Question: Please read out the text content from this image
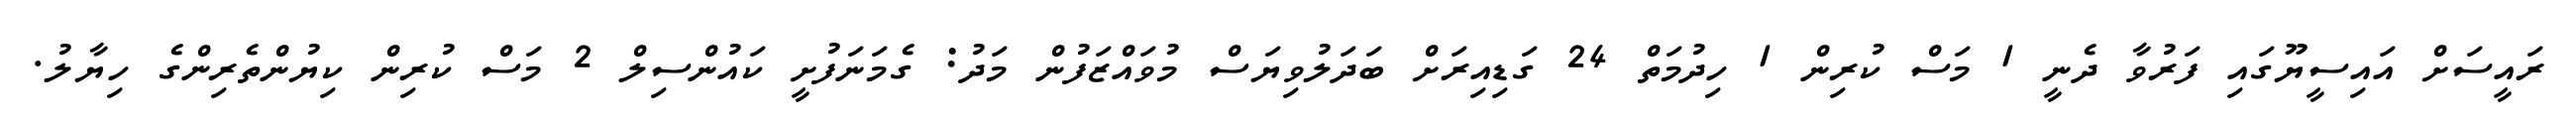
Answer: ރައީސަށް އައިސީޔޫގައި ފަރުވާ ދެނީ 1 މަސް ކުރިން 1 ހިދުމަތް 24 ގަޑިއިރަށް ބަދަލުވިޔަސް މުވައްޒަފުން މަދު: ގެމަނަފުށީ ކައުންސިލް 2 މަސް ކުރިން ކިޔުންތެރިންގެ ހިޔާލު.